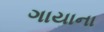
ગાયાના